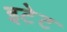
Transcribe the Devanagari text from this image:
इटेट